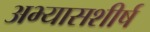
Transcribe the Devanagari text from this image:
अभ्यासशीर्ष